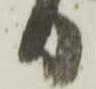
り